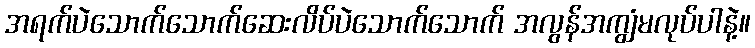
အရက်ပဲသောက်သောက်ဆေးလိပ်ပဲသောက်သောက် အလွန်အကျွံမလုပ်ပါနဲ့။